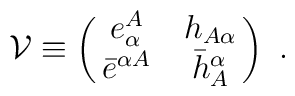
{\cal V}\equiv\pmatrix{e_\alpha^A &h_{A\alpha}\cr\bar e^{\alpha A} & \bar h^\alpha_A\cr}\ .